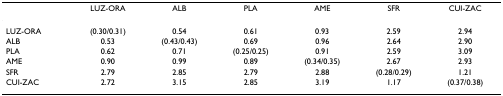
|  | LUZ-ORA | ALB | PLA | AME | SFR | CUI-ZAC |
 | --- | --- | --- | --- | --- | --- | --- |
 | LUZ-ORA | (0.30/0.31) | 0.54 | 0.61 | 0.93 | 2.59 | 2.94 |
 | ALB | 0.53 | (0.43/0.43) | 0.69 | 0.96 | 2.64 | 2.90 |
 | PLA | 0.62 | 0.71 | (0.25/0.25) | 0.91 | 2.59 | 3.09 |
 | AME | 0.90 | 0.99 | 0.89 | (0.34/0.35) | 2.67 | 2.93 |
 | SFR | 2.79 | 2.85 | 2.79 | 2.88 | (0.28/0.29) | 1.21 |
 | CUI-ZAC | 2.72 | 3.15 | 2.85 | 3.19 | 1.17 | (0.37/0.38) |